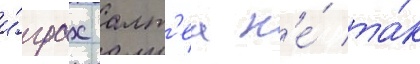
и́грах алт'еа н'е́ та́к